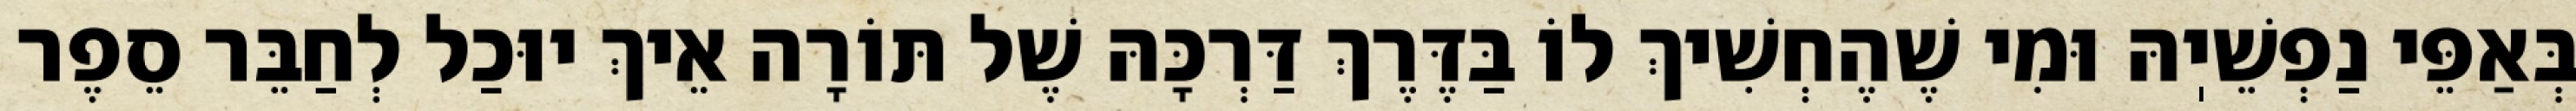
בְּאַפֵּי נַפְשֵׁיֽהּ וּמִי שֶׁהֶחְשִׁיךְ לוֹ בַּדֶּרֶךְ דַּרְכָּהּ שֶׁל תּוֹרָה אֵיךְ יוּכַל לְחַבֵּר סֵפֶר